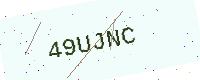
Text: 49UJNC